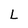
Character: L